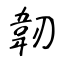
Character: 韌